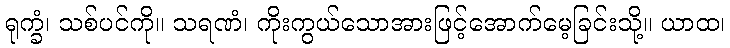
ရုက္ခံ၊ သစ်ပင်ကို။ သရဏံ၊ ကိုးကွယ်သောအားဖြင့်အောက်မေ့ခြင်းသို့။ ယာထ၊